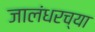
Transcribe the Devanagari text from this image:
जालंधरच्या